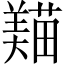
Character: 𦏒